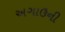
અગાઉની